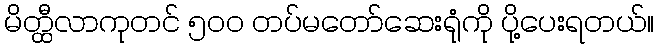
မိတ္ထီလာကုတင် ၅၀၀ တပ်မတော်ဆေးရုံကို ပို့ပေးရတယ်။